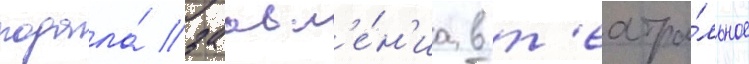
подала́ заавл'е́н'иа в т'еатра́льное